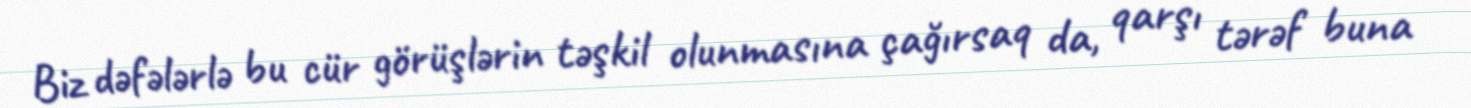
Biz dəfələrlə bu cür görüşlərin təşkil olunmasına çağırsaq da, qarşı tərəf buna